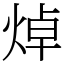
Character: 焯